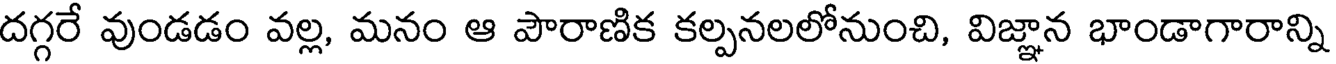
దగ్గరే వుండడం వల్ల, మనం ఆ పౌరాణిక కల్పనలలోనుంచి, విజ్ఞాన భాండాగారాన్ని